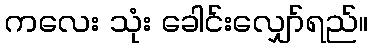
ကလေး သုံး ခေါင်းလျှော်ရည်။